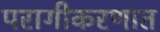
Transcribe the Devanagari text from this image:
परागीकरणात